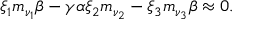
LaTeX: \xi _ { 1 } m _ { \nu _ { 1 } } \beta - \gamma \alpha \xi _ { 2 } m _ { \nu _ { 2 } } - \xi _ { 3 } m _ { \nu _ { 3 } } \beta \approx 0 .